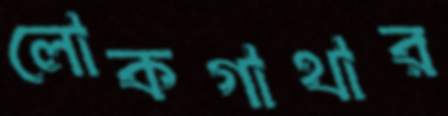
লোকগাথার